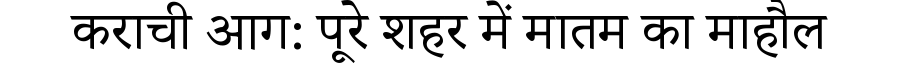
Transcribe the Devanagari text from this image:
कराची आग: पूरे शहर में मातम का माहौल